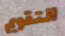
التقويم